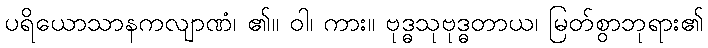
ပရိယောသာနကလျာဏံ၊ ၏။ ဝါ၊ ကား။ ဗုဒ္ဓသုဗုဒ္ဓတာယ၊ မြတ်စွာဘုရား၏